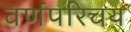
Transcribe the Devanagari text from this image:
वर्णपरिचय